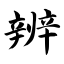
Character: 辨